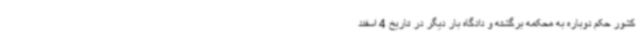
کشور حکم دوباره به محکمه برگشته و دادگاه بار دیگر در تاریخ 4 اسفند